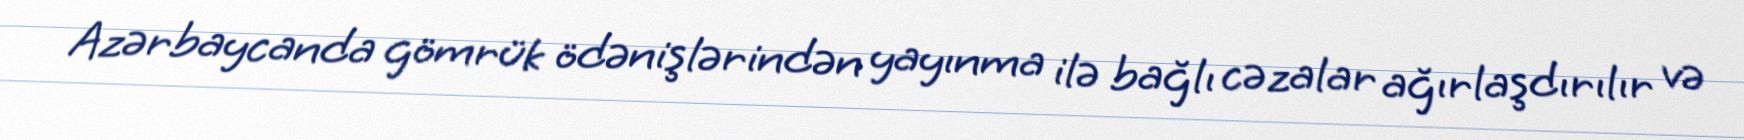
Azərbaycanda gömrük ödənişlərindən yayınma ilə bağlı cəzalar ağırlaşdırılır və